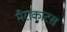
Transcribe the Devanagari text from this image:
मैराकाटस